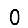
Digit: 0